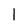
Character: I